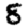
Digit: 8